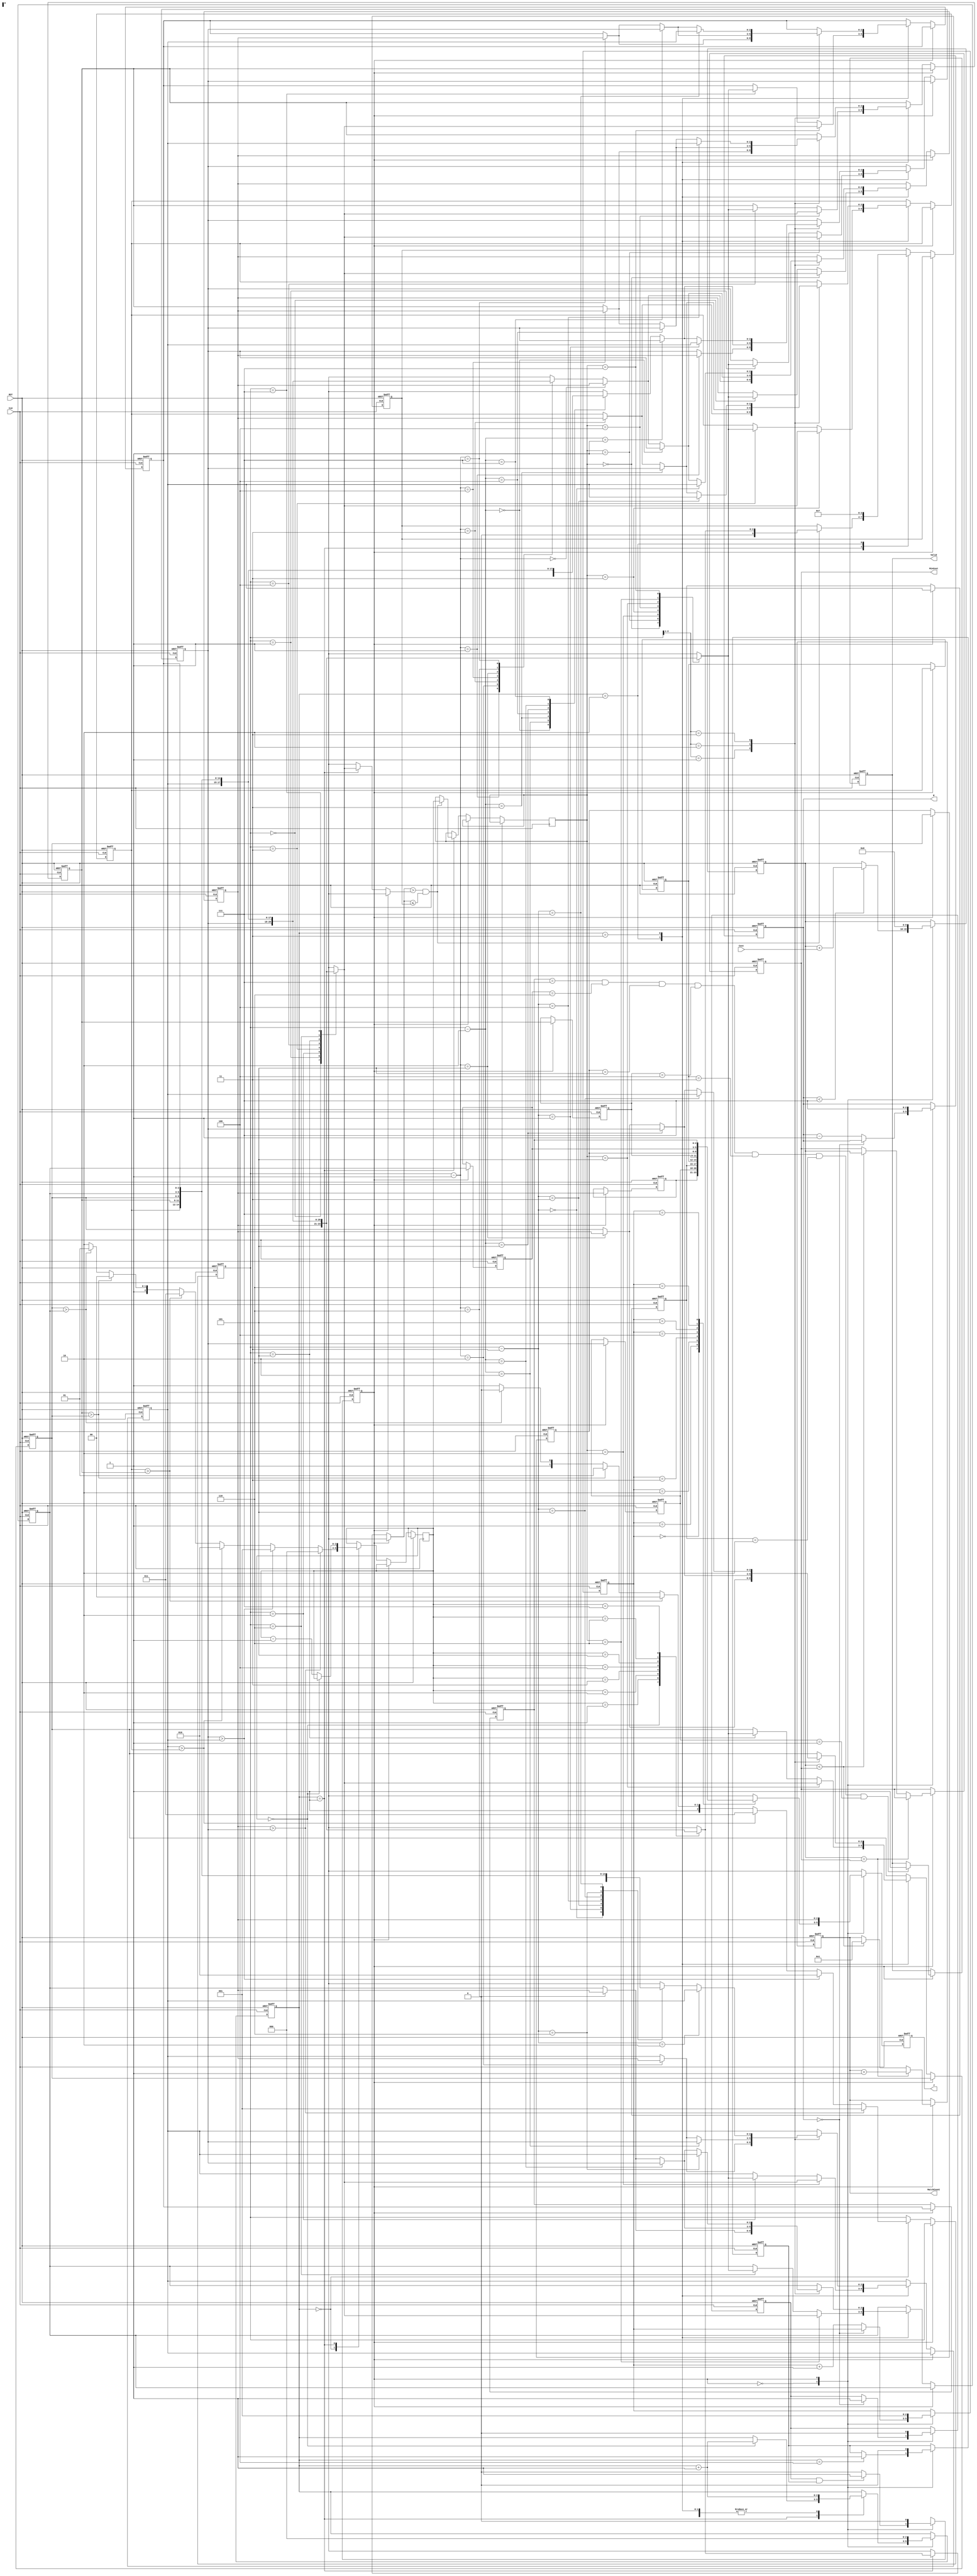
module JAM (
input CLK,
input RST,
output reg [2:0] W,
output reg [2:0] J,
input [6:0] Cost,
output reg [3:0] MatchCount,
output reg [9:0] MinCost,
output reg Valid );

reg cr_state,nt_state;
reg [2:0] number[7:0] , nt_number [7:0];      //
reg [2:0] index,step,min_index;
reg [2:0] replacement_index,replacement_back_index;

reg [9:0] sum;
reg [3:0] min_num;   //!
reg flag,flag2;
parameter  ask_sort   = 1'd0,
		   check_flip = 1'd1;
 


always@(posedge CLK or posedge RST) begin
	if (RST) begin
		W          <= 3'd0  ;
		J          <= 3'd0  ;
		MatchCount <= 4'd0  ;
		MinCost    <= 10'd0 ;
		Valid      <= 0     ;

		number[0]  <= 3'd7  ;
		number[1]  <= 3'd6  ;
		number[2]  <= 3'd5  ;
		number[3]  <= 3'd4  ;
		number[4]  <= 3'd3  ;
		number[5]  <= 3'd2  ;
		number[6]  <= 3'd1  ;
		number[7]  <= 3'd0  ;

		nt_number[0]  <= 3'd7  ;
		nt_number[1]  <= 3'd6  ;
		nt_number[2]  <= 3'd5  ;
		nt_number[3]  <= 3'd4  ;
		nt_number[4]  <= 3'd3  ;
		nt_number[5]  <= 3'd2  ;
		nt_number[6]  <= 3'd1  ;
		nt_number[7]  <= 3'd0  ;

		index <= 3'd0  ;
		step  <= 0;
		replacement_index <= 3'd0;
		MinCost <= 800;
		min_num <= 7;
		sum   <= 10'd0 ;
		flag  <= 0;
		flag2 <= 0;

		cr_state   <= ask_sort;
	end
	else begin

		cr_state <= nt_state;
		
		case(cr_state)

			ask_sort:begin

				//ask data (need 9 cycle) 
				if(W==0)begin
					flag <= 1;
				end
				else begin
					W <= W-1;
					index <= index +1;
				end

				J <= number[index];
				
				if( W<7)
					sum <= sum + Cost;


				//sort (worst case need 8 cycle)
				case(step)

					/*  first step: find the replace number  */
					0:begin  // (one cycle)
						if(nt_number[0]>nt_number[1])begin
							replacement_index <= 1;
							replacement_back_index <= 0;
						end
						else if(nt_number[1]>nt_number[2])begin
							replacement_index <= 2;
							replacement_back_index <= 1;
						end
						else if(nt_number[2]>nt_number[3])begin
							replacement_index <= 3;
							replacement_back_index <= 2;
						end
						else if(nt_number[3]>nt_number[4])begin
							replacement_index <= 4;
							replacement_back_index <= 3;
						end
						else if(nt_number[4]>nt_number[5])begin
							replacement_index <= 5;
							replacement_back_index <= 4;
						end
						else if(nt_number[5]>nt_number[6])begin
							replacement_index <= 6;
							replacement_back_index <= 5;
						end
						else begin
							replacement_index <= 7;
							replacement_back_index <= 6;
						end
						step <= step + 1;
					end

					/*  Second step: find the second replace number  */
					1:begin  //min_num need to reset   (worst case need six cycle)
						if( (nt_number[replacement_back_index]>nt_number[replacement_index]) && (nt_number[replacement_back_index] <= min_num) ) begin     
							min_num   <= nt_number[replacement_back_index];
							min_index <= replacement_back_index;
						end			
						if(replacement_back_index==0)begin
							step <= step + 1;
						end
						else begin
							replacement_back_index <= replacement_back_index -1;
						end
					end

					/*  Third step: Change the number  */ 
					2:begin  // (one cycle)
						nt_number[replacement_index] <= nt_number[min_index] ;
						nt_number[min_index] <= nt_number[replacement_index] ;
						min_num <= 7; //Rest min_num
						step <= step + 1;
					end

					/*  forth  step: Change the number  */ 
					3:begin // change others  (one cycle)
						case(replacement_index>>1)

							3'd1:begin   //(replacement_num_index= 2 or 3)
								nt_number[0] <= nt_number[replacement_index-1];
								nt_number[replacement_index-1] <= nt_number[0];
							end
							3'd2:begin   //(replacement_num_index= 4 or 5)
								nt_number[0] <= nt_number[replacement_index-1];
								nt_number[replacement_index-1] <= nt_number[0];
								nt_number[1] <= nt_number[replacement_index-2];
								nt_number[replacement_index-2] <= nt_number[1];
							end
							3'd3:begin   //(replacement_num_index= 6 or 7)
								nt_number[0] <= nt_number[replacement_index-1];
								nt_number[replacement_index-1] <= nt_number[0];
								nt_number[1] <= nt_number[replacement_index-2];
								nt_number[replacement_index-2] <= nt_number[1];
								nt_number[2] <= nt_number[replacement_index-3];
								nt_number[replacement_index-3] <= nt_number[2];
							end
					
						endcase
						step <= step +1;
					end

					4:begin
						flag2 <= 1;
					end
					
				endcase
			end

			check_flip:begin
				if(sum==MinCost) begin
		    		MatchCount <= MatchCount+1;
		    	end
		    	else if(sum<MinCost)begin
		    		MatchCount <= 1;
		    		MinCost <= sum;
		    	end
		    	sum   <= 0;
		    	step  <= 0;
		    	flag  <= 0;
		    	flag2 <= 0;
		    	index <= 1;
		    	W     <= 7;


		    	number[0]  <= nt_number[0] ;
				number[1]  <= nt_number[1] ;
				number[2]  <= nt_number[2] ;
				number[3]  <= nt_number[3] ;
				number[4]  <= nt_number[4] ;
				number[5]  <= nt_number[5] ;
				number[6]  <= nt_number[6] ;
				number[7]  <= nt_number[7] ;

				J <= nt_number[0];
				if(number[7]==7 && number[6]==6 && number[5]==5 && number[4]==4 && number[3]==3 && number[2]==2 && number[1]==1 ) Valid <= 1;
			end


		endcase

	end
end

always@(*)begin

	case(cr_state)
		ask_sort:begin
			nt_state = (flag && flag2)? check_flip : ask_sort;
		end
		check_flip:begin
			nt_state = ask_sort;
		end
	endcase

end


endmodule